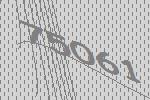
75061